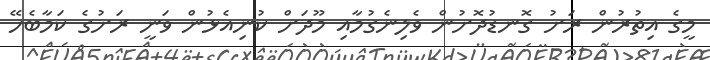
މީގެ އިތުރުން ރަށު ގޮނޑުދޮށުން ވެލިނެގުމާއި މޫދަށް ކުނިއެޅުން ވަނީ ރަށުގެ ކަމާބެހޭ